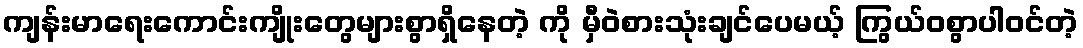
ကျန်းမာရေးကောင်းကျိုးတွေများစွာရှိနေတဲ့ ကို မှီဝဲစားသုံးချင်ပေမယ့် ကြွယ်ဝစွာပါဝင်တဲ့